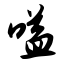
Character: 嗌